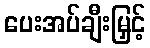
ပေးအပ်ချီးမြှင့်